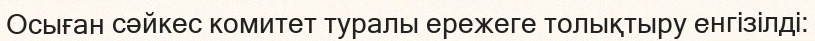
Осыған сәйкес комитет туралы ережеге толықтыру енгізілді: